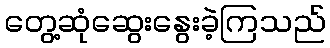
တွေ့ဆုံဆွေးနွေးခဲ့ကြသည်